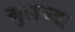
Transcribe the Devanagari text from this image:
मुलच्या